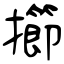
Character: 擳